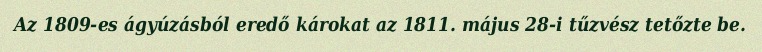
Az 1809-es ágyúzásból eredő károkat az 1811. május 28-i tűzvész tetőzte be.